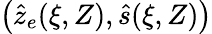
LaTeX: \big(\hat{z}_{e}(\xi,Z),\hat{s}(\xi,Z)\big)